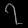
Digit: ၇